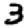
Digit: 3